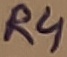
Text: R4